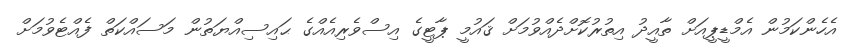
އެހެންކަމުން އެމްޑީޕީއަށް ތާއީދު އިތުރުކޮށްދެއްވުމަށް ޤައުމީ ޕާޓީގެ އިސްވެރިއެއްގެ ޙައިސިއްޔަތުން މަސައްކަތް ފެއްޓެވުމަށް